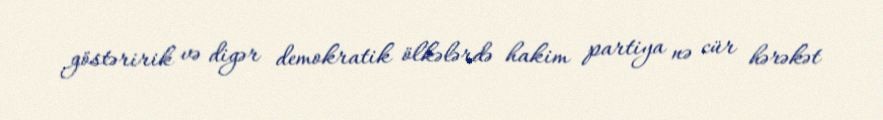
göstəririk və digər demokratik ölkələrdə hakim partiya nə cür hərəkət